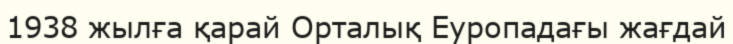
1938 жылға қарай Орталық Еуропадағы жағдай